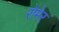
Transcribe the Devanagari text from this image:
रोमेर